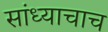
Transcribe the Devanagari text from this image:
सांध्याचाच